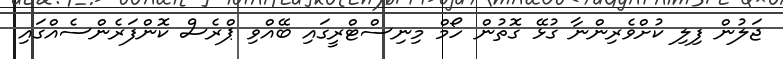
ޖަލުން ފިލި ކުށްވެރިންނާ ގުޅޭ ގޮތުން ހޯމް މިނިސްޓްރީގައި ބޭއްވި ޕްރެސް ކޮންފަރެންސެއްގައި